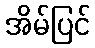
အိမ်ပြင်